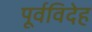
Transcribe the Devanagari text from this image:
पूर्वविदेह